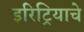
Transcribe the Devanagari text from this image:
इरिट्रियाचे